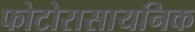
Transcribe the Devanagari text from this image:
फोटोरासायनिक